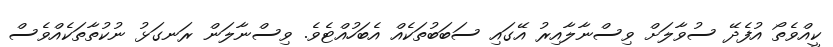
ކީއްވެތޯ އުފެދޭ ސުވާލަށް ވިސްނާލާއިރު އޭގައި ސަބަބުތަކެއް އެބަހުއްޓެވެ. ވިސްނާލަން ރަނގަޅު ނުކުތާތަކެއްވެސް